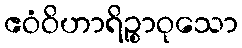
ဧဝံဝိဟာရိဉ္စာဝုသော